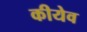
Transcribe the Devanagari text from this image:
कीयेव